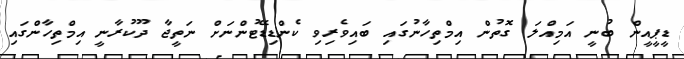
ޑީޕީއީން ބުނީ އަމިއްލަ ގޮތުން އިމްތިހާނުގައި ބައިވެރިވި ކެންޑިޑޭޓުންނަށް ނަތީޖާ ދޫކުރާނީ އިމްތިހާންގައި